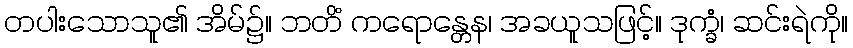
တပါးသောသူ၏ အိမ်၌။ ဘတိံ ကရောန္တေန၊ အခယူသဖြင့်။ ဒုက္ခံ၊ ဆင်းရဲကို။